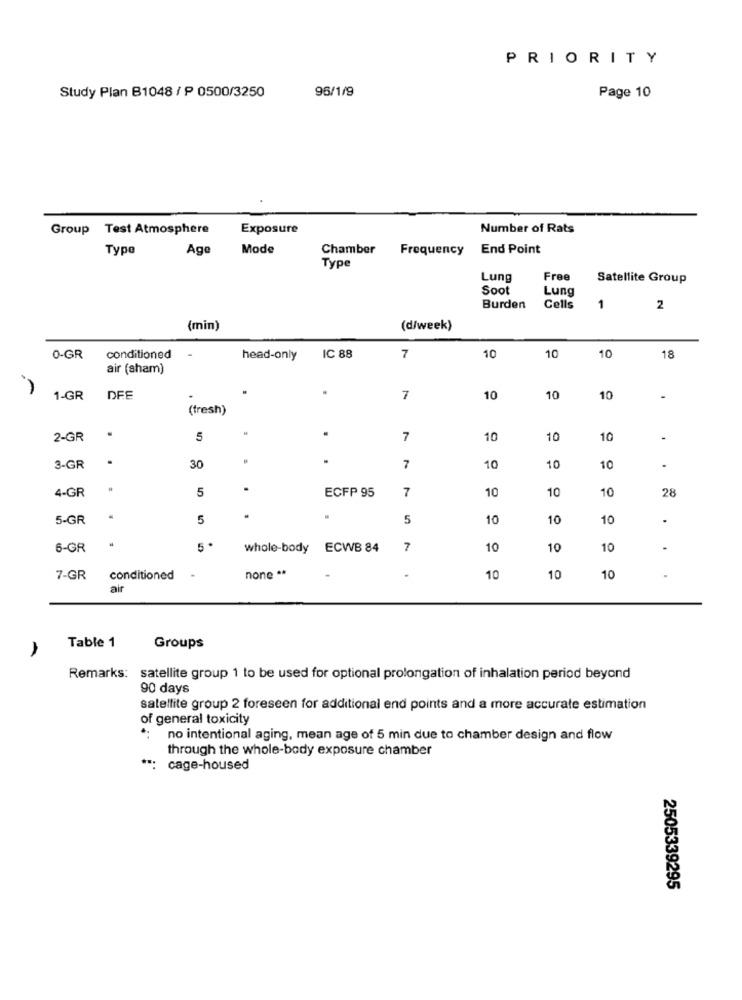
PRIORITY
96/1/9
Study Plan B1048 / P 0500/3250
Page 10
Group Test Atmosphere
Exposure
Number of Rats
Type
Age
Mode
Chamber
Frequency
End Point
Type
Lung
Free
Satellite Group
Soot
Lung
Burden
Cells
1
2
(min)
(d/week)
IC 88
10
10
0-GR
conditioned
head-only
7
10
18
air (sham)
1-GR
DFE
7
10
10
10
-
(fresh)
2-GR
.
5
7
10
10
10
3-GR
30
7
10
10
10
4-GR
.
5
ECFP 95
7
10
10
10
28
5-GR
5
5
10
10
10
.
6-GR
whole-body ECWB 84
7
10
10
10
none **
7-GR
conditioned
10
10
10
air
Table 1
Groups
Remarks: satellite group 1 to be used for optional prolongation of inhalation period beyond
90 days
satellite group 2 foreseen for additional end points and a more accurate estimation
of general toxicity
no intentional aging, mean age of 5 min due to chamber design and flow
through the whole-body exposure chamber
**: cage-housed
2505339295